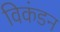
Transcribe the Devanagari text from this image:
विकंडन